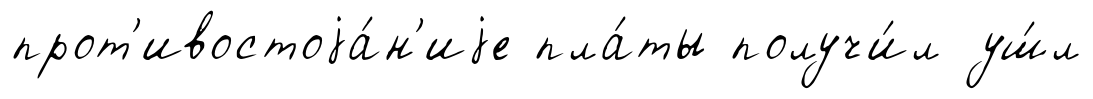
прот'ивостоjа́н'иjе пла́ты получи́л уш́л